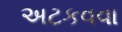
અટકવવા